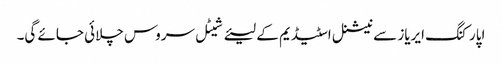
اپارکنگ ایریاز سے نیشنل اسٹیڈیم کے لیئے شیٹل سروس چلائی جائے گی۔